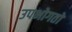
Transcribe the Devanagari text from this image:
उपभोगतो